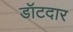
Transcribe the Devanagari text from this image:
डॉटदार